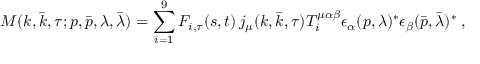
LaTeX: { \cal M } ( k , \bar { k } , \tau ; p , \bar { p } , \lambda , \bar { \lambda } ) = \sum _ { i = 1 } ^ { 9 } F _ { i , \tau } ( s , t ) \, j _ { \mu } ( k , \bar { k } , \tau ) T _ { i } ^ { \mu \alpha \beta } \epsilon _ { \alpha } ( p , \lambda ) ^ { \ast } \epsilon _ { \beta } ( \bar { p } , \bar { \lambda } ) ^ { \ast } \; ,